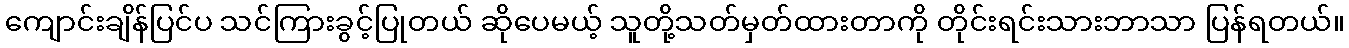
ကျောင်းချိန်ပြင်ပ သင်ကြားခွင့်ပြုတယ် ဆိုပေမယ့် သူတို့သတ်မှတ်ထားတာကို တိုင်းရင်းသားဘာသာ ပြန်ရတယ်။